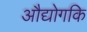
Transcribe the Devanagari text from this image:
औद्योगकि